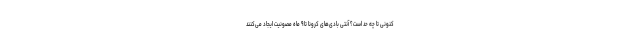
کنونی تا چه حد است؟ آنتی بادی‌های کرونا تا ۹ ماه مصونیت ایجاد می‌کنند